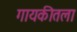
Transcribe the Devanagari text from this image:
गायकीतला